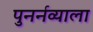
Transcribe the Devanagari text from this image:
पुनर्नव्याला